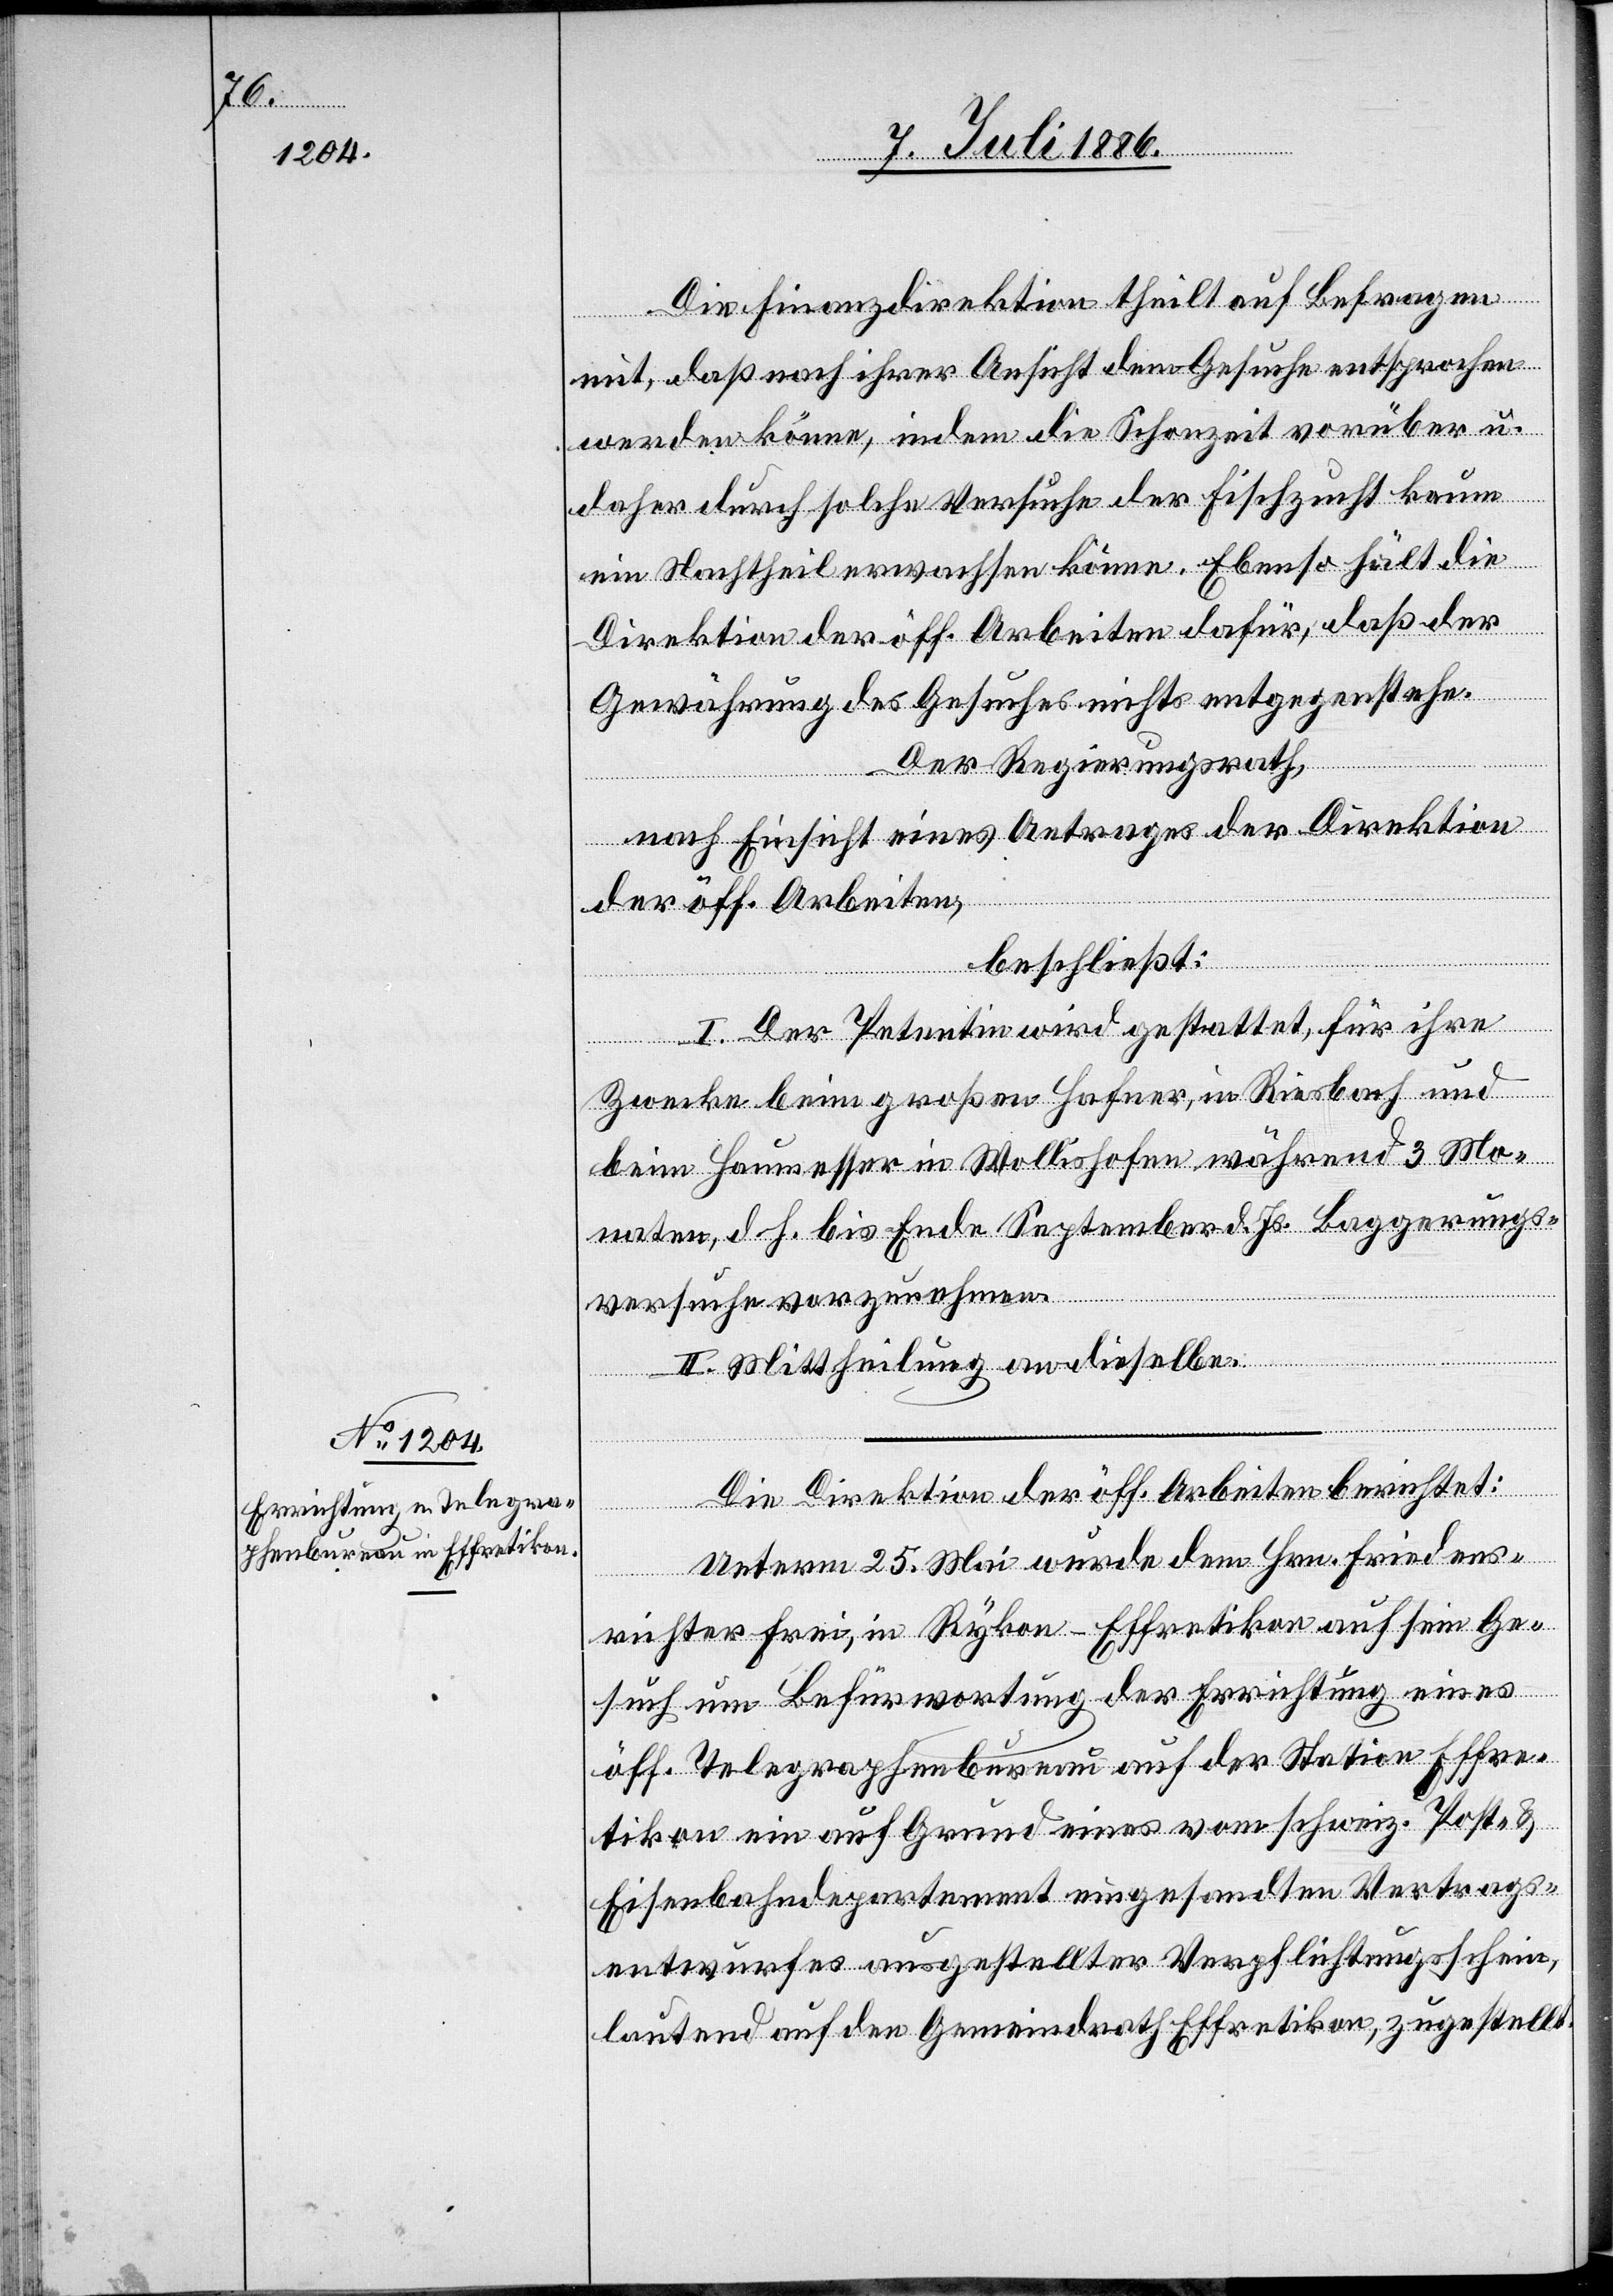
Die Finanzdirektion theilt auf Befragen
mit, daß nach ihrer Ansicht dem Gesuche entsprochen
werden könne, indem die Schonzeit vorüber u.
daher durch solche Versuche der Fischzucht kaum
ein Nachtheil erwachsen könne. Ebenso hält die
Direktion der öff. Arbeiten dafür, daß der
Gewährung des Gesuches nichts entgegenstehe.
Der Regierungsrath,
nach Einsicht eines Antrages der Direktion
der öff. Arbeiten,
beschließt:
I. Der Petentin wird gestattet, für ihre
Zwecke beim großen Hafner, in Riesbach und
beim Haumesser in Wollishofen während 3 Mo¬
naten, d. h. bis Ende September d. Js. Baggerungs¬
versuche vorzunehmen.
II. Mittheilung an dieselbe.
Die Direktion der öff. Arbeiten berichtet:
Unterm 25. Mai wurde dem Hrn. Friedens¬
richter Frei, in Rykon - Effretikon auf sein Ge¬
such um Befürwortung der Errichtung eines
öff. Telegraphenbureau auf der Station Effre¬
tikon ein auf Grund eines vom schweiz. Post- &
Eisenbahndepartement eingesandten Vertrags¬
entwurfes ausgestellter Verpflichtungsschein,
lautend auf den Gemeindrath Effretikon, zugestellt.